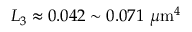
L _ { 3 } \approx 0 . 0 4 2 \sim 0 . 0 7 1 ~ \mu \mathrm { m } ^ { 4 }